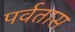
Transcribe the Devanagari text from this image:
पर्वतास